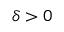
\delta > 0